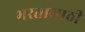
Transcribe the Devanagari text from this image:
भरतासाठी